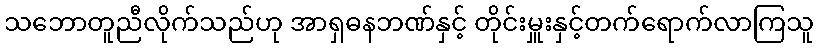
သဘောတူညီလိုက်သည်ဟု အာရှဓနဘဏ်နှင့် တိုင်းမှူးနှင့်တက်ရောက်လာကြသူ